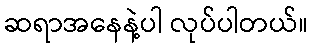
ဆရာအနေနဲ့ပါ လုပ်ပါတယ်။